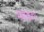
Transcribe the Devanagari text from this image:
म्बाकंगा